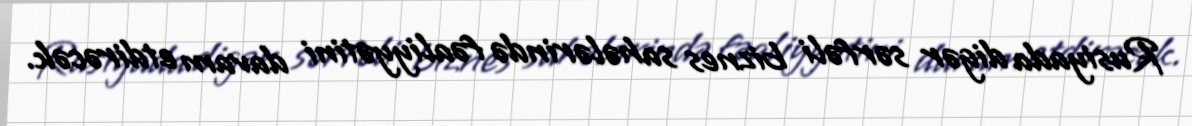
Rusiyada digər sərfəli biznes sahələrində fəaliyyətini davam etdirəcək.